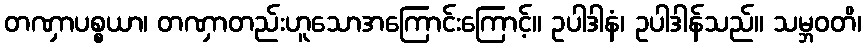
တဏှာပစ္စယာ၊ တဏှာတည်းဟူသောအကြောင်းကြောင့်။ ဥပါဒါနံ၊ ဥပါဒါန်သည်။ သမ္ဘဝတိ၊